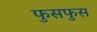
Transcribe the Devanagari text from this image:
फुसफुस